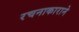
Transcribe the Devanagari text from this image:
रचनाकाराने